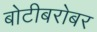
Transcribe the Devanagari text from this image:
बोटीबरोबर